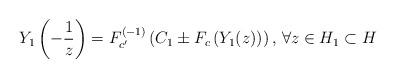
LaTeX: \begin{align*}Y_1\left(-\frac{1}{z}\right)=F^{(-1)}_{c'}\left(C_1\pm F_c\left(Y_1(z)\right)\right)\textrm{, }\forall z\in H_1\subset H\end{align*}